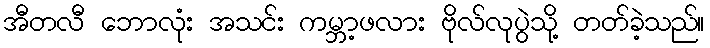
အီတလီ ဘောလုံး အသင်း ကမ္ဘာ့ဖလား ဗိုလ်လုပွဲသို့ တတ်ခဲ့သည်။